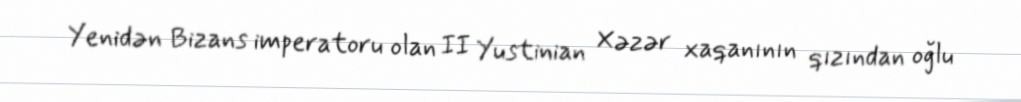
Yenidən Bizans imperatoru olan II Yustinian Xəzər xaqanının qızından oğlu